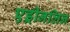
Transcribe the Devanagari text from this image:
एड्रीनलिन